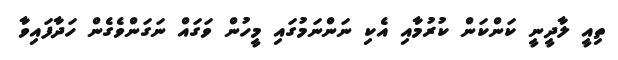
ތިއީ ލާދީނީ ކަންކަން ކުރުމާއި އެކި ނަންނަމުގައި މީހުން ވަގައް ނަގަންވެގެން ހަދާފައިވާ